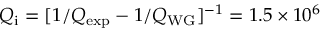
Q _ { \mathrm { i } } = [ 1 / Q _ { \mathrm { e x p } } - 1 / Q _ { \mathrm { W G } } ] ^ { - 1 } = 1 . 5 \times 1 0 ^ { 6 }